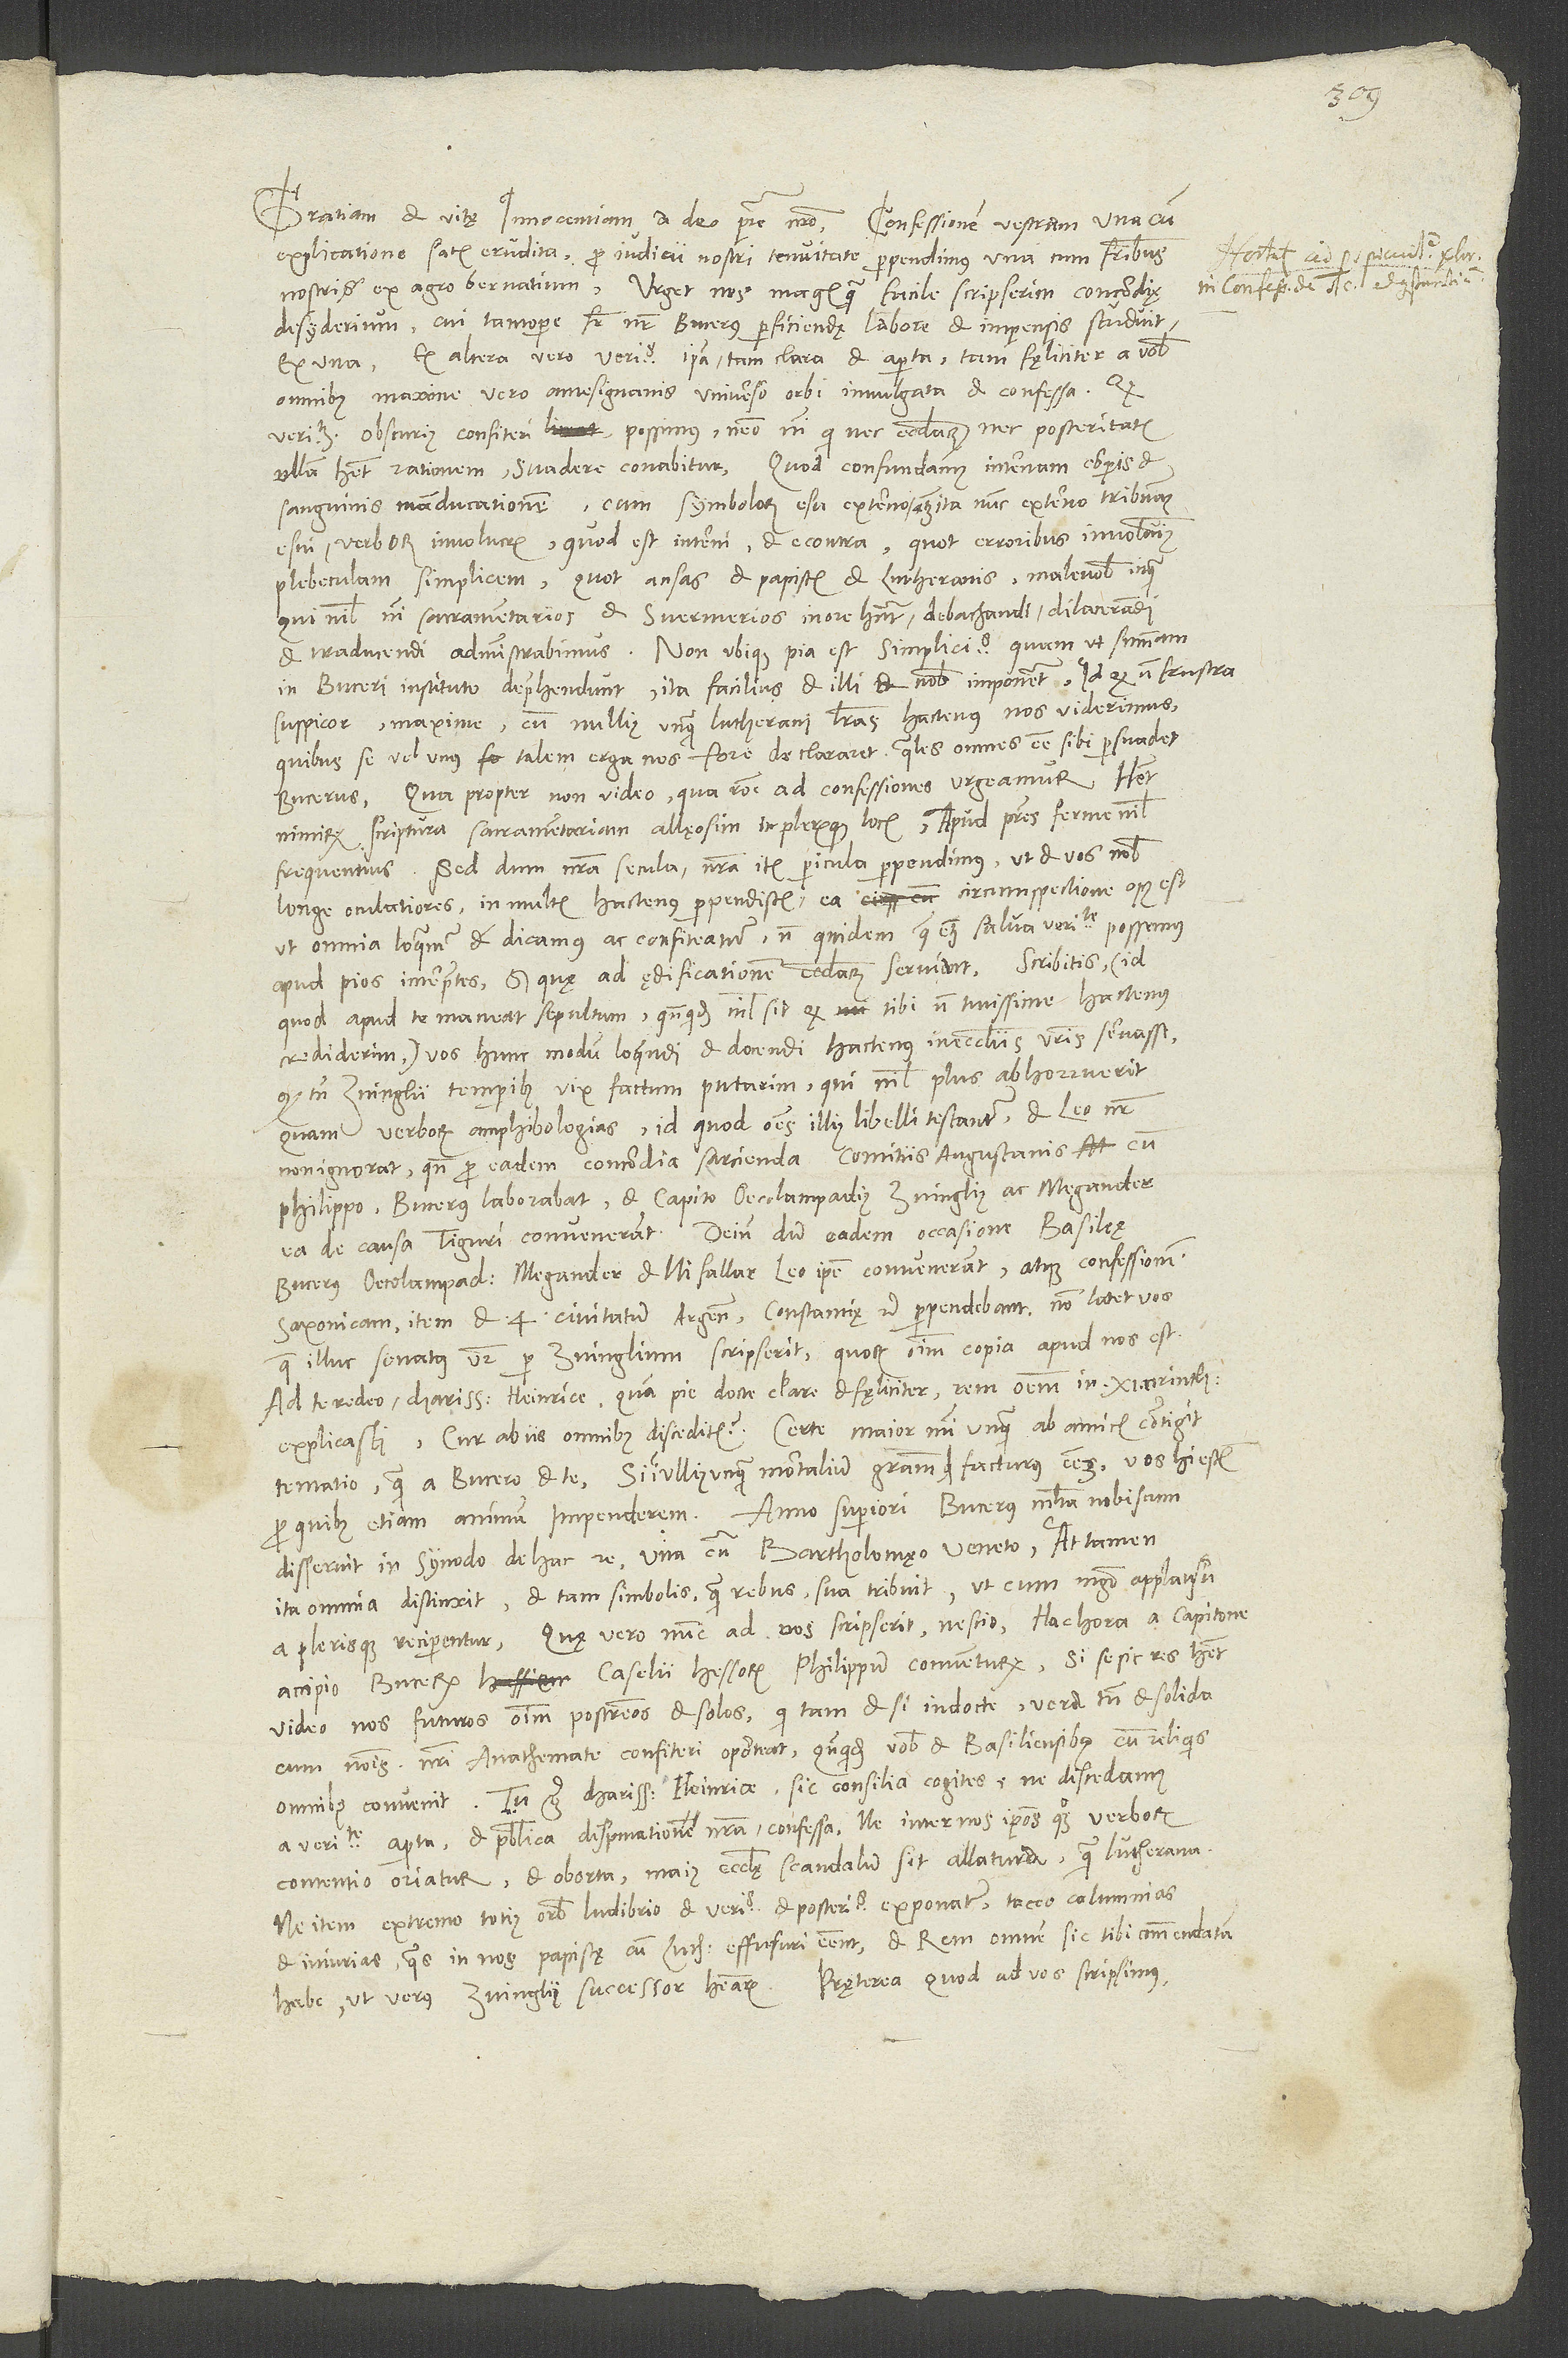
explicatione satis erudita pro iudicii nostri tenuitate perpendimus una cum fratribus
nostris ex agro Bernatium. Urget nos magis, quam facile scripserim, concordię
desyderium, cui tantopere frater noster Bucerus perficiendę labore et impensis studuit,
ex una, ex altera vero veritas ipsa tam clara et aperta, tam fęliciter a vobis
omnibus, maxime vero antesignanis universo orbi invulgata et confessa. Quod
veritatem obscurius confiteri possimus, nemo, nisi qui nec ecclesiarum nec posteritatis
ullam habet rationem, suadere conabitur. Quod confundamus internam corporis et
sanguinis manducationem cum symbolorum esu externo atque ita nunc externo tribuamus
esui verborum involucris, quod est interni, et e contra, quot erroribus involvimus
plebeculam simplicem, quot ansas et papistis et Lutheranis, malevolis inquam,
qui nihil nisi «sacramentarios» et «svermerios» in ore habent, debachandi, dilacerandi
et traducendi administrabimus! Non ubique pia est simplicitas. Quam ut summam
in Buceri instituto deprehendunt, ita facilius et illi et nobis imponent. Id quod non frustra
suspicor, maxime cum nullius unquam Lutherani literas hactenus nos viderimus,
quibus se vel unus talem erga nos fore declararet, quales omnes esse sibi persuadet
Bucerus. Quapropter non video, qua ratione ad confessiones urgeamur. Habet
nimirum scriptura sacramentariam allęosim in plerisque locis. Apud patres ferme nihil
frequentius. Sed dum nostra secula, nostra item pericula perpendimus, ut et vos nobis
longe oculatiores in multis hactenus perpendistis, ea circumspectione opus est,
ut omnia loquamur et dicamus ac confiteamur, non quidem quae etiam salva veritate possemus
apud pios interpretes, sed quę ad ędificationem ecclesiarum serviant. Scribitis - id
quod apud te maneat sepultum, quandoquidem nihil sit, quod tibi non tutissime hactenus
crediderim - vos hunc modum loquendi et docendi hactenus in ecclesiis vestris servasse.
Quod tamen Zvinglii temporibus vix factum putarim, qui nihil plus abhorruerit
quam verborum amphibologias, id quod omnes illius libelli testantur et Leo noster
non ignorat. Quin pro eadem concordia sarcienda comitiis Augustanis cum
Philippo Bucerus laborabat, et Capito, Oecolampadius, Zvinglius ac Megander
ea de causa Tiguri convenerant. Deinde, dum eadem occasione Basileę
Bucerus, Oecolampadius, Megander et, ni fallar, Leo ipse convenerant atque confessionem
Saxonicam, item et 4 civitatum, Argentorati, Constantię etc., perpendebant, non latet vos,
quae illuc senatus vester per Zvinglium scripserit. Quorum omnium copia apud nos est.
Ad te redeo, charissime Heinrice. Quam pie, docte, clare et fęliciter rem omnem in 11.
explicasti. Cur ab iis omnibus disceditis? Certe maior mihi unquam ab amicis contigit
tentatio quam a Bucero et te. Si in ullius unquam mortalium gratiam quid facturus essem, vos hi estis,
pro quibus etiam animum impenderem. Anno superiori Bucerus multa nobiscum
disseruit in synodo de hac re una cum Bartholomęo Veneto, at tamen
ita omnia distinxit et tam simbolis quam rebus sua tribuit, ut cum magno applausu
a plerisque reciperentur. Quae vero nunc ad vos scripserit nescio. Hac hora a Capitone
accipio Bucerum Caselii Hessorum Philippum conventurum. Si se sic res habet,
video nos futuros omnium postremos et solos, qui tametsi indocte, vera tamen et solida
cum nominis nostri anathemate confiteri oporteat, quandoquidem vobis et Basiliensibus cum reliquis
a veritate aperta et publica disputatione nostra confessa, ne inter nos ipsos quoque verborum
contentio oriatur et oborta maius ecclesię scandalum sit allatura quam Lutherana,
ne item extremo totius orbis ludibrio et veritas et posteritas exponatur, taceo calumnias
et iniurias, quas in nos papistę cum Lutheranis effusuri essent, et rem omnem sic tibi commendatam
habe, ut verus Zvinglii successor habearis. Praeterea, quod ad vos scripsimus,